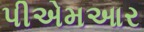
પીએમઆર